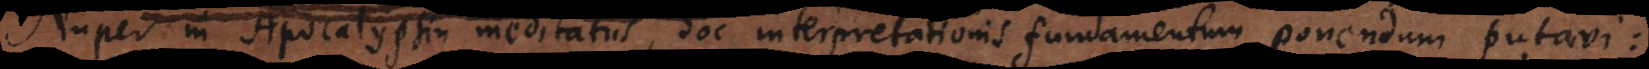
Nuper in Apocalypsin meditatus, hoc interpretationis fundamentum ponendum putavi: